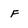
Character: F